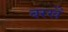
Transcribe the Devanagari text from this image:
बरखै